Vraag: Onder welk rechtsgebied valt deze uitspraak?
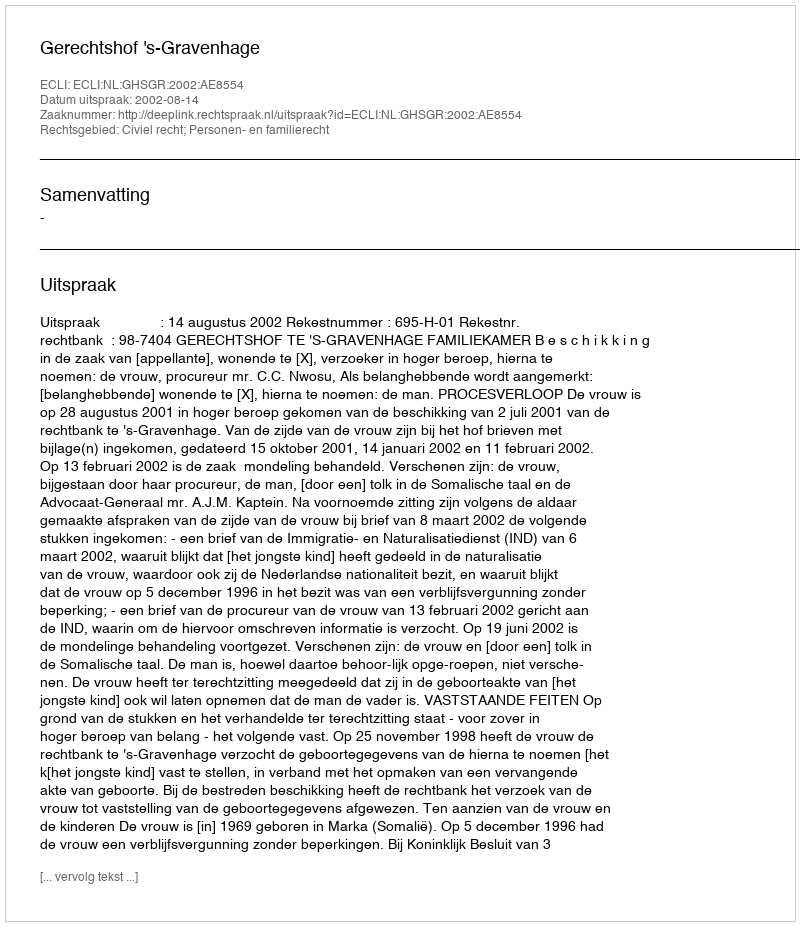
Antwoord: Civiel recht; Personen- en familierecht